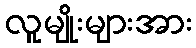
လူမျိုးများအား